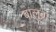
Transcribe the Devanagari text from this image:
बालुवा